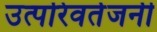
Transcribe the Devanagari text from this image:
उत्परिवर्तजनी